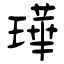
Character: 璍